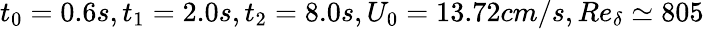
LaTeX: t_{0}=0.6s,t_{1}=2.0s,t_{2}=8.0s,U_{0}=13.72cm/s,Re_{\delta}\simeq 805